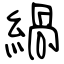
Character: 緺